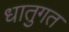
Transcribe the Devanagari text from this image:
धातुगत